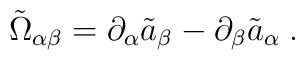
{\tilde \Omega}_{\alpha\beta} = \partial_\alpha {\tilde a}_\beta  - \partial_\beta {\tilde a}_\alpha \;.